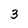
Character: 3